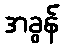
အခွန်